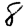
Digit: 8